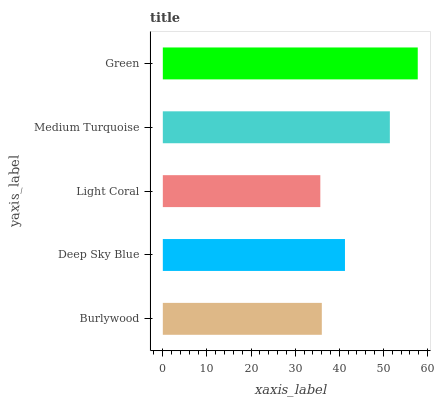
| yaxis_label | bars |
 | --- | --- |
 | Burlywood | 36 |
 | Deep Sky Blue | 41.3 |
 | Light Coral | 35.7 |
 | Medium Turquoise | 51.5 |
 | Green | 57.8 |